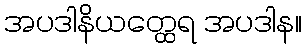
အပဒါနိယတ္ထေရ အပဒါန။